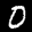
Label: 0